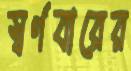
স্বর্ণবারের